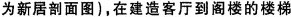
为新居剖面图 )，在建造客厅到阁楼的楼梯